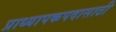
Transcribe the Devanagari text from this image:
प्राध्यापकपदासाठी